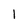
Character: 1